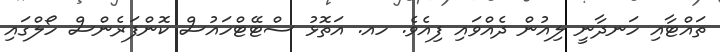
ތައްޓާއި ހަނދާނީ ލިއުން ދެއްވައި ފިއެވެ. ހއ. އަތޮޅު ސްޓޭޓްހައުސް ކޮންފަރެންސް ހޯލްގައި